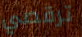
ترقصي